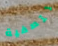
لتصفية